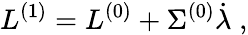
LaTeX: L^{(1)}=L^{(0)}+\Sigma^{(0)}\dot{\lambda}\; ,